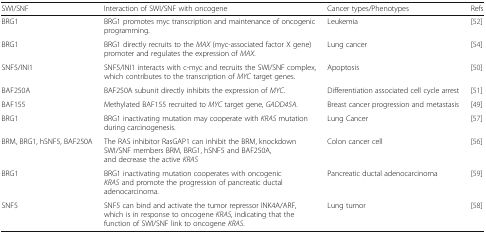
| SWI/SNF | Interaction of SWI/SNF with oncogene | Cancer types/Phenotypes | Refs |
 | --- | --- | --- | --- |
 | BRG1 | BRG1 promotes myc transcription and maintenance of oncogenic programming. | Leukemia | [52] |
 | BRG1 | BRG1 directly recruits to the MAX (myc-associated factor X gene) promoter and regulates the expression of MAX. | Lung cancer | [54] |
 | SNF5/INI1 | SNF5/INI1 interacts with c-myc and recruits the SWI/SNF complex, which contributes to the transcription of MYC target genes. | Apoptosis | [50] |
 | BAF250A | BAF250A subunit directly inhibits the expression of MYC. | Differentiation associated cell cycle arrest | [51] |
 | BAF155 | Methylated BAF155 recruited to MYC target gene, GADD45A. | Breast cancer progression and metastasis | [49] |
 | BRG1 | BRG1 inactivating mutation may cooperate with KRAS mutation during carcinogenesis. | Lung Cancer | [57] |
 | BRM, BRG1, hSNF5, BAF250A | The RAS inhibitor RasGAP1 can inhibit the BRM, knockdown SWI/SNF members BRM, BRG1, hSNF5 and BAF250A, and decrease the active KRAS | Colon cancer cell | [56] |
 | BRG1 | BRG1 inactivating mutation cooperates with oncogenic KRAS and promote the progression of pancreatic ductal adenocarcinoma. | Pancreatic ductal adenocarcinoma | [59] |
 | SNF5 | SNF5 can bind and activate the tumor repressor INK4A/ARF, which is in response to oncogene KRAS, indicating that the function of SWI/SNF link to oncogene KRAS. | Lung tumor | [58] |